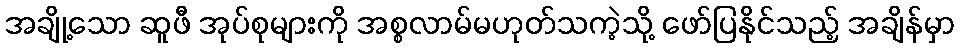
အချို့သော ဆူဖီ အုပ်စုများကို အစ္စလာမ်မဟုတ်သကဲ့သို့ ဖော်ပြနိုင်သည့် အချိန်မှာ